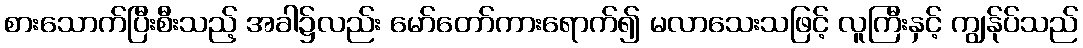
စားသောက်ပြီးစီးသည့် အခါ၌လည်း မော်တော်ကားရောက်၍ မလာသေးသဖြင့် လူကြီးနှင့် ကျွန်ုပ်သည်